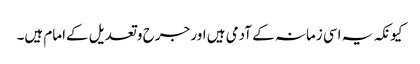
کیونکہ یہ اسی زمانہ کے آدمی ہیں اور جرح و تعدیل کےامام ہیں۔